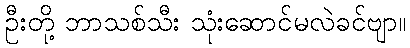
ဦးတို့ ဘာသစ်သီး သုံးဆောင်မလဲခင်ဗျာ။